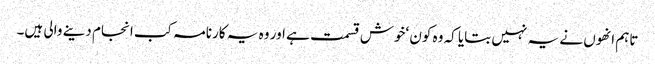
تاہم انھوں نے یہ نہیں بتایا کہ وہ کون ‘خوش قسمت ہے اور وہ یہ کارنامہ کب انجام دینے والی ہیں۔